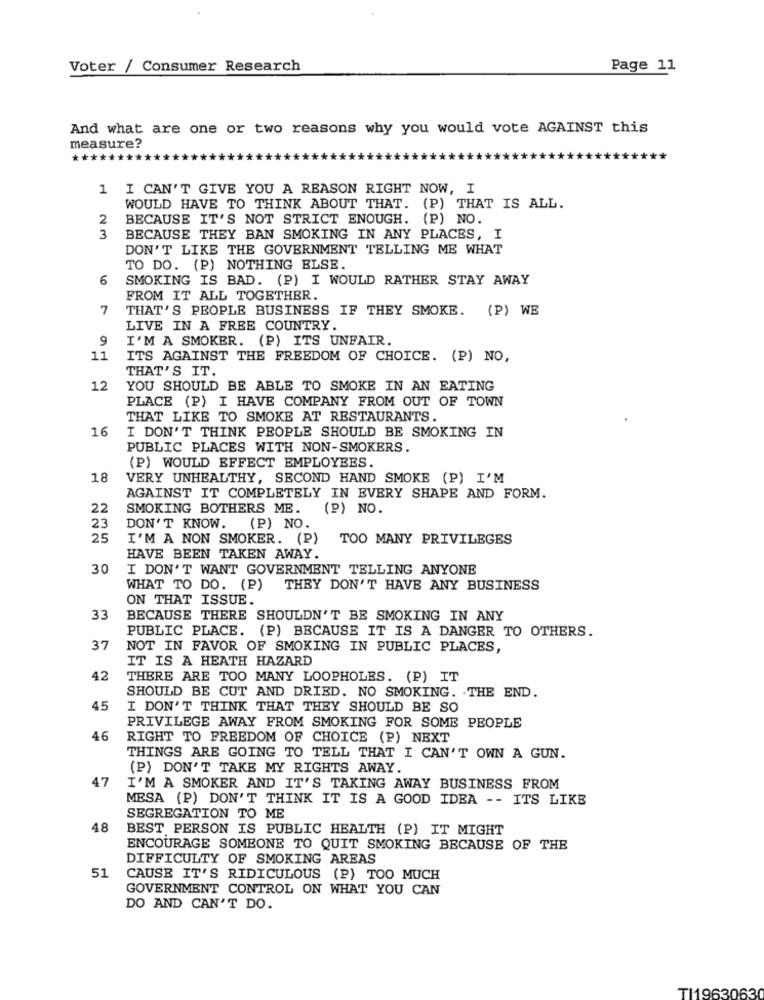
Voter / Consumer Research
Page 11
And what are one or two reasons why you would vote AGAINST this
measure?
1 I CAN'T GIVE YOU A REASON RIGHT NOW, I
WOULD HAVE TO THINK ABOUT THAT. (P) THAT IS ALL.
2
BECAUSE IT'S NOT STRICT ENOUGH. (P) NO.
3
BECAUSE THEY BAN SMOKING IN ANY PLACES, I
DON'T LIKE THE GOVERNMENT TELLING ME WHAT
TO DO. (P) NOTHING ELSE.
6
SMOKING IS BAD. (P) I WOULD RATHER STAY AWAY
FROM IT ALL TOGETHER.
7
THAT'S PEOPLE BUSINESS IF THEY SMOKE. (P) WE
LIVE IN A FREE COUNTRY.
9
I'M A SMOKER. (P) ITS UNFAIR.
11
ITS AGAINST THE FREEDOM OF CHOICE. (P) NO,
THAT'S IT.
12
YOU SHOULD BE ABLE TO SMOKE IN AN EATING
PLACE (P) I HAVE COMPANY FROM OUT OF TOWN
THAT LIKE TO SMOKE AT RESTAURANTS.
16
I DON'T THINK PEOPLE SHOULD BE SMOKING IN
PUBLIC PLACES WITH NON-SMOKERS.
(P) WOULD EFFECT EMPLOYEES.
18
VERY UNHEALTHY, SECOND HAND SMOKE (P) I'M
AGAINST IT COMPLETELY IN EVERY SHAPE AND FORM.
22
SMOKING BOTHERS ME.
(P) NO.
23
DON'T KNOW.
(P) NO.
25
I'M A NON SMOKER. (P)
TOO MANY PRIVILEGES
HAVE BEEN TAKEN AWAY.
30
I DON'T WANT GOVERNMENT TELLING ANYONE
WHAT TO DO. (P)
THEY DON'T HAVE ANY BUSINESS
ON THAT ISSUE.
33
BECAUSE THERE SHOULDN'T BE SMOKING IN ANY
PUBLIC PLACE. (P) BECAUSE IT IS A DANGER TO OTHERS.
37
NOT IN FAVOR OF SMOKING IN PUBLIC PLACES,
IT IS A HEATH HAZARD
42
THERE ARE TOO MANY LOOPHOLES. (P) IT
SHOULD BE CUT AND DRIED. NO SMOKING. THE END.
45
I DON'T THINK THAT THEY SHOULD BE SO
PRIVILEGE AWAY FROM SMOKING FOR SOME PEOPLE
46
RIGHT TO FREEDOM OF CHOICE (P) NEXT
THINGS ARE GOING TO TELL THAT I CAN'T OWN A GUN.
(P) DON'T TAKE MY RIGHTS AWAY.
47
I'M A SMOKER AND IT'S TAKING AWAY BUSINESS FROM
MESA (P) DON'T THINK IT IS A GOOD IDEA -- ITS LIKE
SEGREGATION TO ME
48
BEST PERSON IS PUBLIC HEALTH (P) IT MIGHT
ENCOURAGE SOMEONE TO QUIT SMOKING BECAUSE OF THE
DIFFICULTY OF SMOKING AREAS
51
CAUSE IT'S RIDICULOUS (P) TOO MUCH
GOVERNMENT CONTROL ON WHAT YOU CAN
DO AND CAN'T DO.
TI19630630